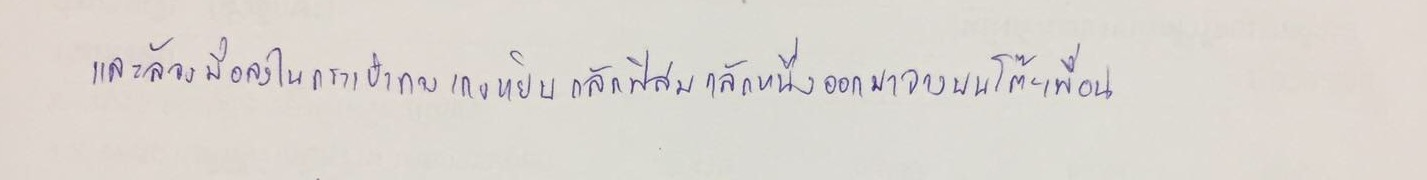
และล้วงมือลงไปในกระเป๋ากางเกงหยิบกลักฟิล์มกลักหนึ่งออกมาวางบนโต๊ะเพื่อน